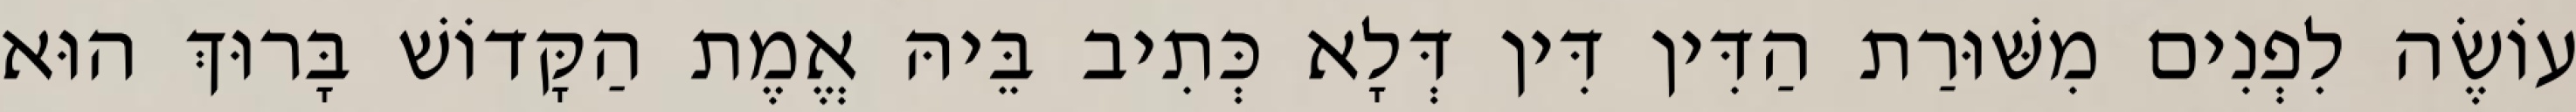
עוֹשֶׂה לִפְנִים מִשּׁוּרַת הַדִּין דִּין דְּלָא כְּתִיב בֵּיהּ אֱמֶת הַקָּדוֹשׁ בָּרוּךְ הוּא